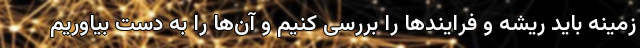
زمینه باید ریشه و فرایندها را بررسی کنیم و آن‌ها را به دست بیاوریم